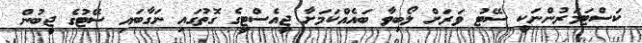
ކަސްޓަމަރުންނަކީ ސޭޓު ވަރަށް ލޯބިވާ ބައެއްކަމަށާ ޖީއެސްޓީގެ ގޮތުގައި ނަގާބައި ސޭޓުގެ ޖީބުން